Source: Handwritten
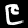
Digit: ၉ (9)